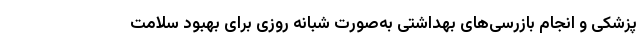
پزشکی و انجام بازرسی‌های بهداشتی به‌صورت شبانه روزی برای بهبود سلامت